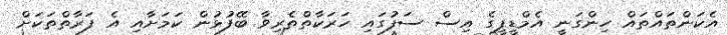
އެކަންތައްތައް ހިންގަނީ އެމްޑީޕީގެ އިސް ސަފުގައި ހަރަކާތްތެރިވާ ބޭފުޅުން ކަމަށާއި އެ ފަރާތްތަކަށް